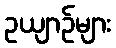
ဥယျာဉ်များ